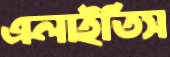
এলাইতিস